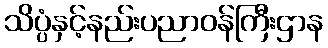
သိပ္ပံနှင့်နည်းပညာဝန်ကြီးဌာန